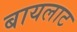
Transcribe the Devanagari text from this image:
बायलाट